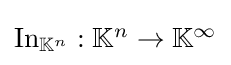
\textstyle \operatorname {In} _{\mathbb {K} ^{n}}:\mathbb {K} ^{n}\to \mathbb {K} ^{\infty }